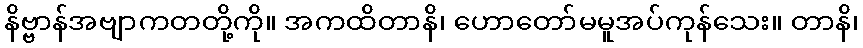
နိဗ္ဗာန်အဗျာကတတို့ကို။ အကထိတာနိ၊ ဟောတော်မမူအပ်ကုန်သေး။ တာနိ၊